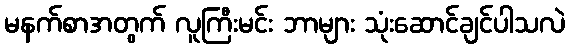
မနက်စာအတွက် လူကြီးမင်း ဘာများ သုံးဆောင်ချင်ပါသလဲ